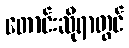
တောင်းဆိုရာတွင်